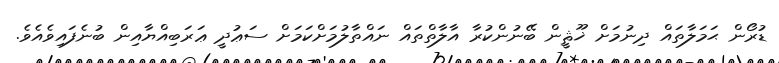
ޑުރޯން ޙަމަލާތައް ދިނުމަށް ޚޫޘީން ބޭނުންކުރާ އާލާތްތައް ނައްތާލުމަށްކަމަށް ސަޢުދީ ޢަރަބިއްޔާއިން ބުނެފައިވެއެވެ.